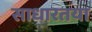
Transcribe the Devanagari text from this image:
साधारतया